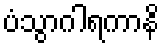
ပံသွာဂါရကာနိ